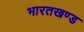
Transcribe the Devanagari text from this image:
भारतखण्ड